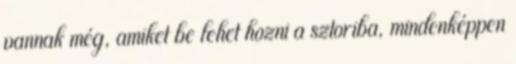
vannak még, amiket be lehet hozni a sztoriba, mindenképpen